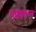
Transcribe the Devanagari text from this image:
वैदिकाल